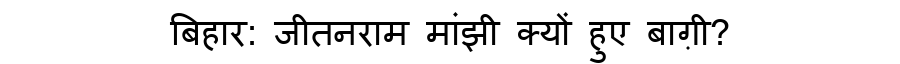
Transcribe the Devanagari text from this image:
बिहार: जीतनराम मांझी क्यों हुए बाग़ी?